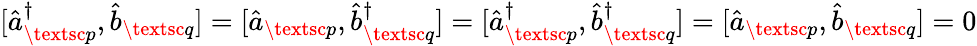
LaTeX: [\hat{a}_{\textsc{p}}^{\dagger},\hat{b}_{\textsc{q}}]=[\hat{a}_{\textsc{p}},\hat{b}_{\textsc{q}}^{\dagger}]=[\hat{a}_{\textsc{p}}^{\dagger},\hat{b}_{\textsc{q}}^{\dagger}]=[\hat{a}_{\textsc{p}},\hat{b}_{\textsc{q}}]=0